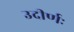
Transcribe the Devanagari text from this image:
उदीर्णः